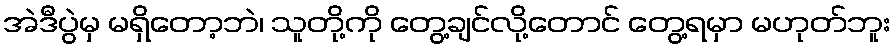
အဲဒီပွဲမှ မရှိတော့ဘဲ၊ သူတို့ကို တွေ့ချင်လို့တောင် တွေ့ရမှာ မဟုတ်ဘူး